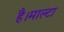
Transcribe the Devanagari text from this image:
है।माल्टा